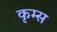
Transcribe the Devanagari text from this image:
कृम्स